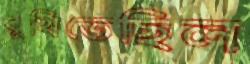
রুখিতেছিল